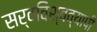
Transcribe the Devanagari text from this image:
सर्वविश्वव्यापी